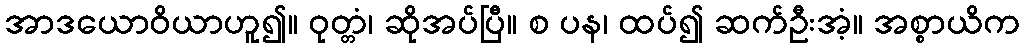
အာဒယောဝိယာဟူ၍။ ဝုတ္တံ၊ ဆိုအပ်ပြီ။ စ ပန၊ ထပ်၍ ဆက်ဦးအံ့။ အစ္စာယိက